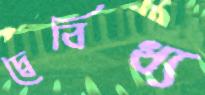
দ্বৈবিধ্য